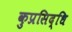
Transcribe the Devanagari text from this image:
कुप्रसिद्धि